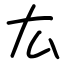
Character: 厷